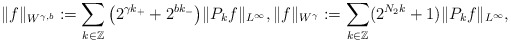
\begin{align*} \| f \|_{W^{\gamma, b}} := \sum_{k\in\mathbb{Z}} \big(2^{\gamma k_+ } + 2^{b k_{-}}\big) \| P_{k} f\|_{L^\infty} ,\| f\|_{W^{\gamma}}: = \sum_{k \in \mathbb{Z}} (2^{N_2 k} + 1) \| P_k f \|_{L^\infty},\end{align*}